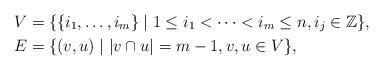
LaTeX: \begin{align*}V&=\{\{i_1,\ldots, i_m \} \mid 1 \leq i_1<\cdots < i_m \leq n,i_j \in \mathbb{Z} \}, \\E&=\{(v,u) \mid |v\cap u|=m-1, v,u \in V\},\end{align*}